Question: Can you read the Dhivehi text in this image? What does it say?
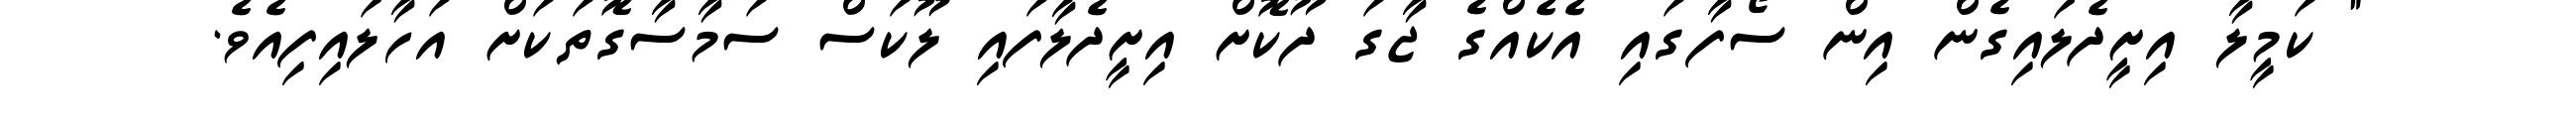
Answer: " ކަމީލާ އިށީދެލައިގެން އިން ސޯފާގައި އެކެއްގެ ޖާގަ ދޫކޮށް އިށީދެލާފައި ލޫކަސް ސަމާސާގޮތަކަށް އަހާލައިފިއެވެ.